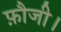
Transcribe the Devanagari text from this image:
फ़ौजी।